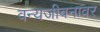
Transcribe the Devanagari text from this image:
वन्यजीवनावर